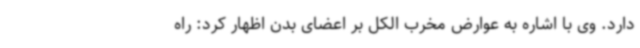
دارد. وی با اشاره به عوارض مخرب الکل بر اعضای بدن اظهار کرد: راه